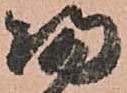
帰